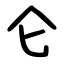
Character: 仑